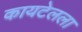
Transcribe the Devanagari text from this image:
कायटेलला